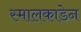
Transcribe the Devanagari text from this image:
स्मालकाडेन